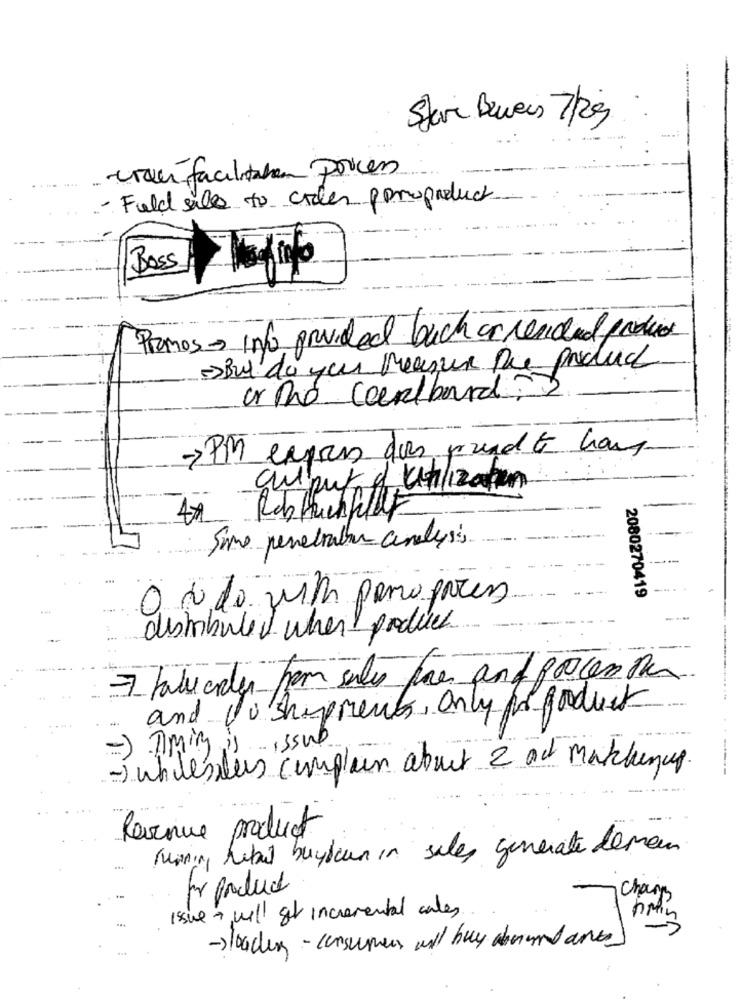
Steri Beweis 7/29
crois facilitation pouces
- Fuld salle to cides peropoduct
Boss
Promos- Info provided buch or cenidad parties
->But du yen measur Die product
or the cardboard 2
->PM express dos rundt hour
quiput d'unlization
42 Robtuchfullt
Some persetratar analysis
2080270419
distributed when produce
and co shipments only for product
=)Aiming is issue
-) whilesalles complain about 2 ac matchenup.
Revenue product
running Mobil buydown in sales generate deman
Champ
issue + will get incremental cales.
->loader - consumers will buy and ances